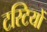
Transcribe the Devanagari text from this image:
टस्टियों